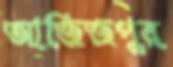
আজিজপুর